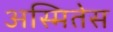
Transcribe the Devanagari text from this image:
अस्मितेस